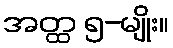
အတ္ထ ၅-မျိုး။